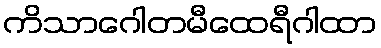
ကိသာဂေါတမီထေရီဂါထာ